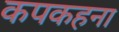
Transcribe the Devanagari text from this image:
कपकहना